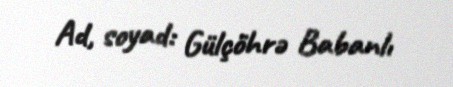
Ad, soyad: Gülçöhrə Babanlı